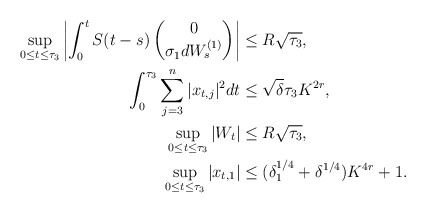
\begin{align*}\sup_{0 \le t \le \tau_3}\left|\int_0^t S(t-s)\begin{pmatrix}0 \\ \sigma_1 dW_s^{(1)} \\ \end{pmatrix}\right| &\le R \sqrt{\tau_3}, \\ \int_0^{\tau_3} \sum_{j=3}^n |x_{t,j}|^2 dt & \le \sqrt{\delta} \tau_3 K^{2r}, \\\sup_{0 \le t \le \tau_3} |W_t| &\le R \sqrt{\tau_3}, \\ \sup_{0 \le t \le \tau_3} |x_{t,1}| &\le (\delta_1^{1/4}+ \delta^{1/4})K^{4r} + 1.\end{align*}